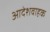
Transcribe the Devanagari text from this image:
आदेशवाहक